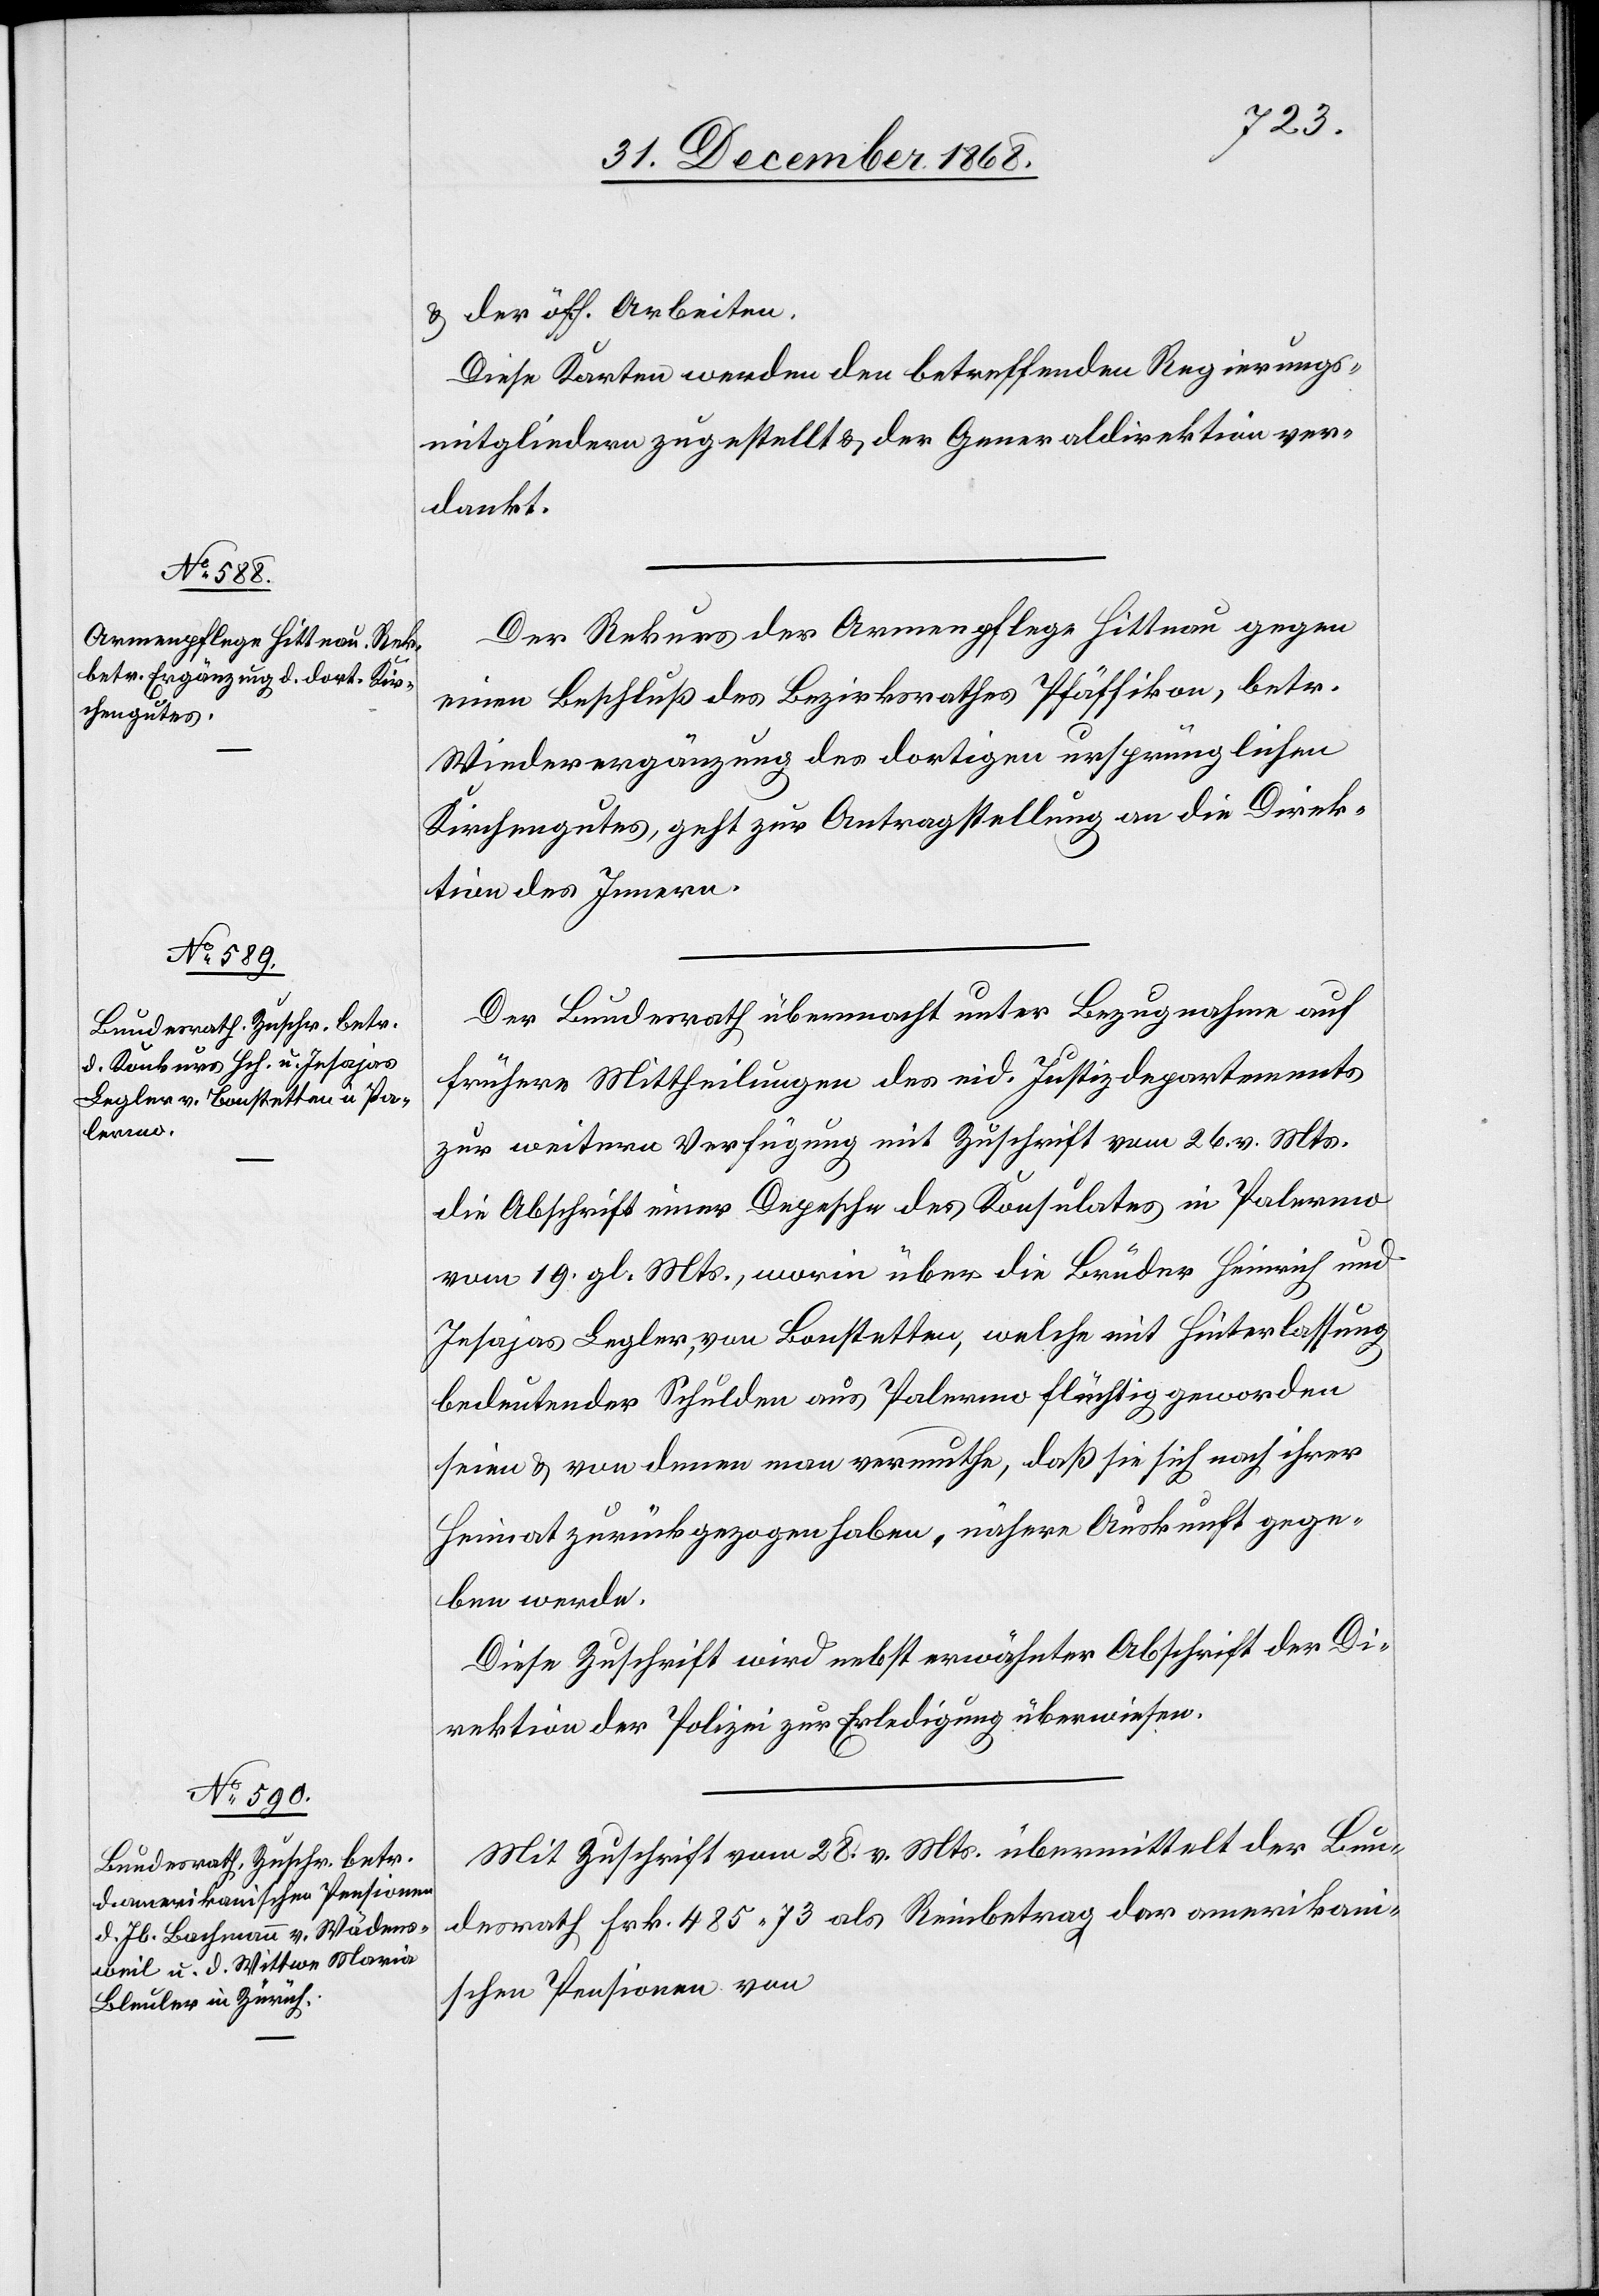
& der öff. Arbeiten.
Diese Karten werden den betreffenden Regierungs¬
mitgliedern zugestellt & der Generaldirektion ver¬
dankt.
Der Rekurs der Armenpflege Hittnau gegen
einen Beschluß des Bezirksrathes Pfäffikon, betr.
Wiederergänzung des dortigen ursprünglichen
Kirchengutes, geht zur Antragstellung an die Direk¬
tion des Innern.
Der Bundesrath übermacht unter Bezugnahme auf
frühere Mittheilungen des eid. Justizdepartements
zur weitern Verfügung mit Zuschrift vom 26. v. Mts.
die Abschrift einer Depesche des Konsulates in Palermo
vom 19. gl. Mts., worin über die Brüder Heinrich und
Jesajas Legler, von Bonstetten, welche mit Hinterlassung
bedeutender Schulden aus Palermo flüchtig geworden
seien & von denen man vermuthe, daß sie sich nach ihrer
Heimat zurückgezogen haben, nähere Auskunft gege¬
ben werde.
Diese Zuschrift wird nebst erwähnter Abschrift der Di¬
rektion der Polizei zur Erledigung überwiesen.
Mit Zuschrift vom 28. v. Mts. übermittelt der Bun¬
desrath Frk. 485.73 als Reinbetrag der amerikan¬
ischen Pensionen von